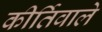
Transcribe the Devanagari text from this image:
कीर्तिवाले